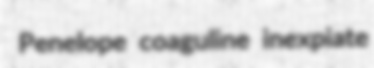
Penelope coaguline inexpiate